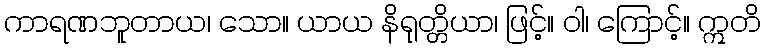
ကာရဏဘူတာယ၊ သော။ ယာယ နိရုတ္တိယာ၊ ဖြင့်။ ဝါ၊ ကြောင့်။ ဣတိ